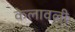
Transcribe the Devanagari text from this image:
केलावली